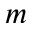
m